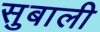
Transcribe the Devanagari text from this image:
सुबाली